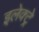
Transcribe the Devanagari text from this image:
इलेक्ट्रे